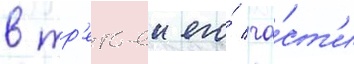
в тр'етьеи его́ ча́ст'и